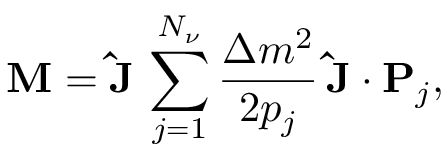
{ \bf M } = { \bf \hat { J } } \, \sum _ { j = 1 } ^ { N _ { \nu } } \frac { \Delta m ^ { 2 } } { 2 p _ { j } } \, { \bf \hat { J } } \cdot { \bf P } _ { j } ,